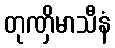
တုဏှိမာသီနံ